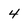
Character: 4